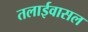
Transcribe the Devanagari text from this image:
तलाईवासल